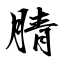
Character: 腈